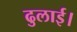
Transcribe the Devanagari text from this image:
ढुलाई।